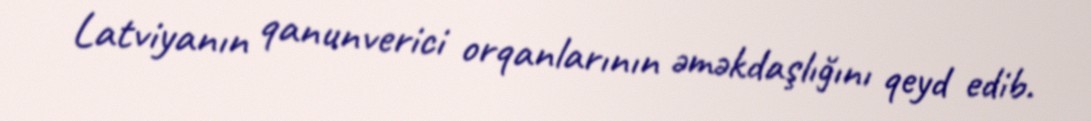
Latviyanın qanunverici orqanlarının əməkdaşlığını qeyd edib.